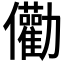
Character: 𠑧